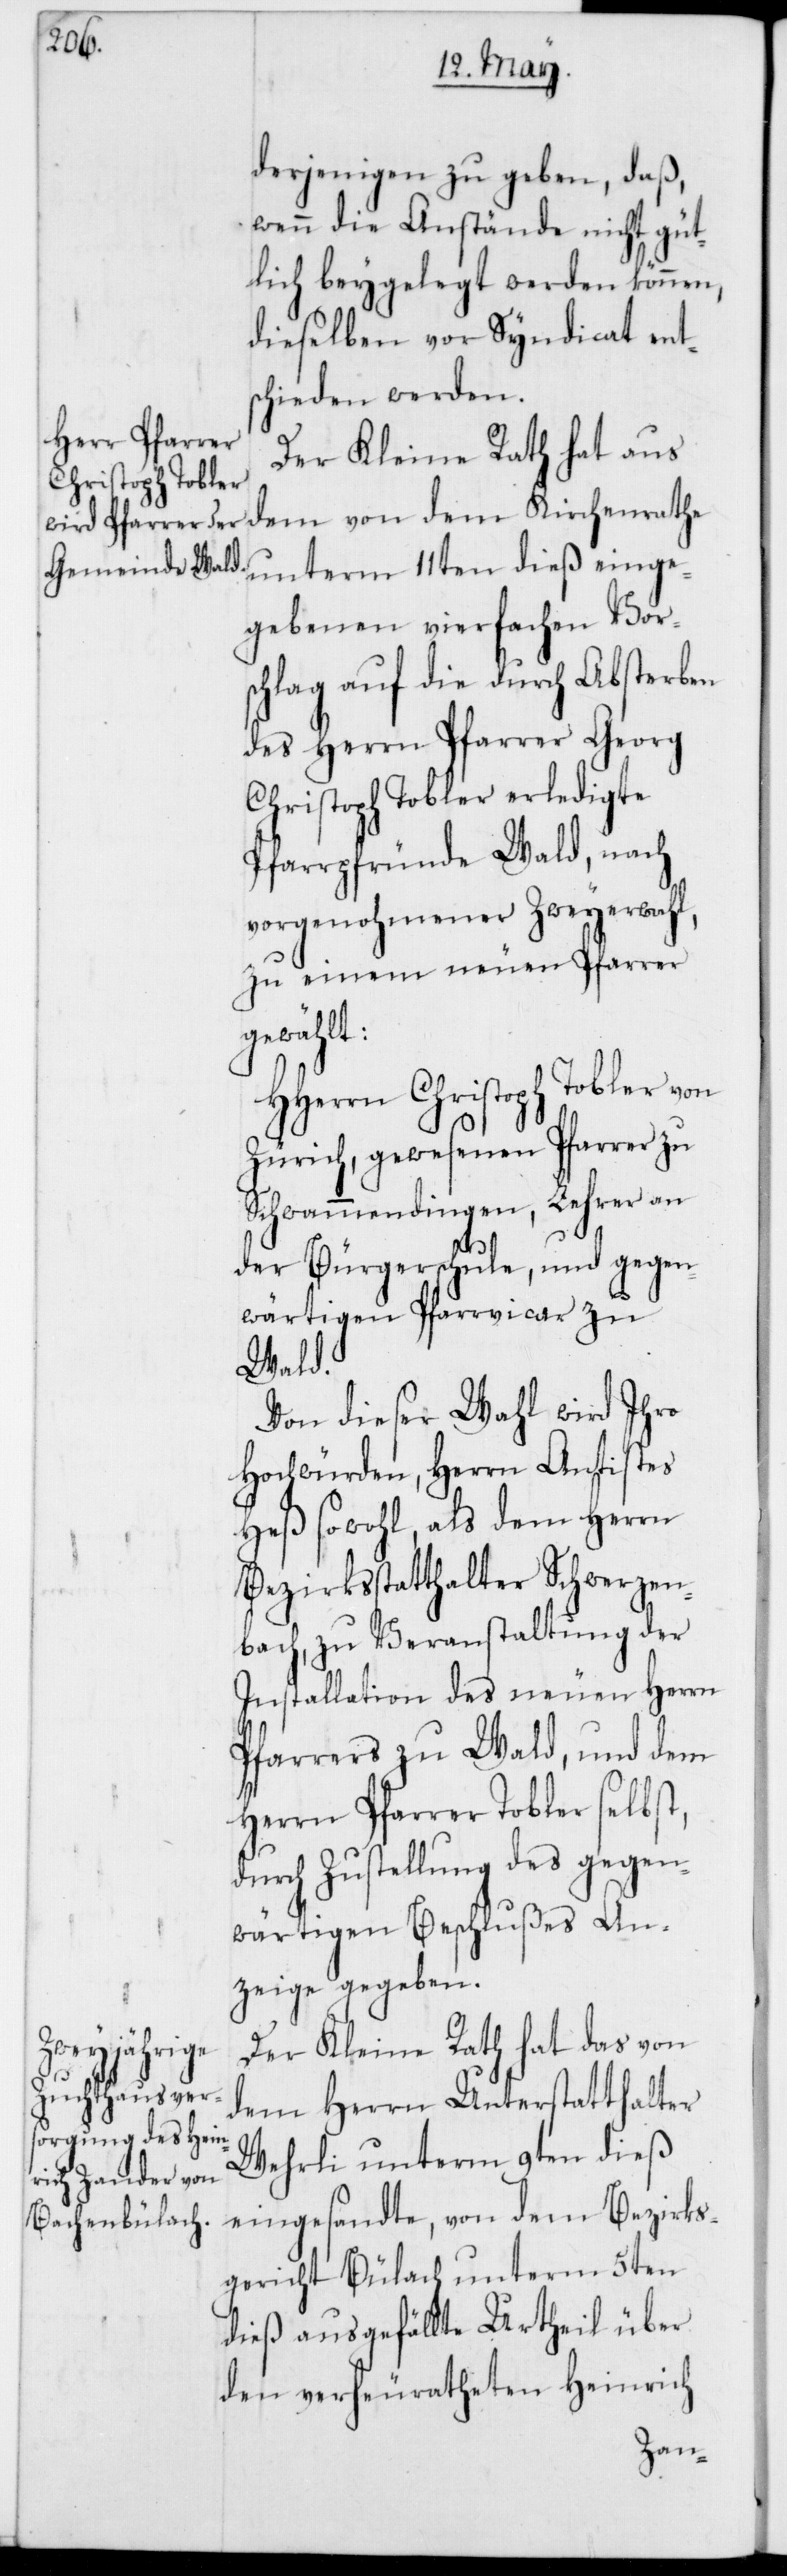
derjenigen zu geben, daß,
wenn die Anstände nicht güt¬
lich beygelegt werden können,
dieselben vor Syndicat ent¬
schieden werden.
Der Kleine Rath hat aus
dem von dem Kirchenrathe
unterm 11ten dieß einge¬
gebenen vierfachen Vors¬
chlag auf die durch Absterben
des Herrn Pfarrer Georg
Christoph Tobler erledigte
Pfarrpfründe Wald, nach
vorgenohmener Zweyerwahl,
zu einem neuen Pfarrer
gewählt:
HHerrn Christoph Tobler von
Zürich, gewesenen Pfarrer zu
Schwammendingen, Lehrer an
der Bürgerschule, und gegen¬
wärtiger Pfarrvicar zu
Wald.
Von dieser Wahl wird Ihro
Hochwürden, Herrn Antistes
Heß sowohl, als dem Herrn
Bezirksstatthalter Schwerzen¬
bach, zu Veranstaltung der
Installation des neuen Herrn
Pfarrers zu Wald, und dem
Herrn Pfarrer Tobler selbst,
durch Zustellung des gegen¬
wärtigen Beschlußes An¬
zeige gegeben.
Der Kleine Rath hat das von
dem Herrn Unterstatthalter
Wehrli unterm 9ten dieß
eingesandte, von dem Bezirks¬
gericht Bülach unterm 5ten
dieß ausgefällte Urtheil über
den verheuratheten Heinrich